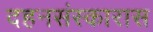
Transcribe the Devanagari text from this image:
दहनसंस्कारास